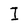
Character: I